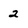
Character: 2